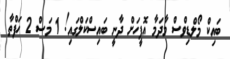
ބައިކް މޯލްޑިވްސް މާދަމާ އޮފީހަށް ދާނީ ބައިސްކަލްގައި! 1 މަސް 2 ހަފްތާ